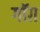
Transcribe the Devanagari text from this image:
गॉग़